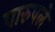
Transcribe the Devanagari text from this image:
पारुषले